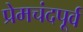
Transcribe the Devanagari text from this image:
प्रेमचंदपूर्व